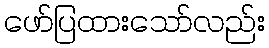
ဖော်ပြထားသော်လည်း